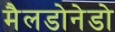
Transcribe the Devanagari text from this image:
मैलडोनेडो